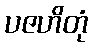
ပဇဟိတုံ